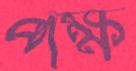
পক্ষ